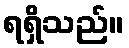
ရရှိသည်။